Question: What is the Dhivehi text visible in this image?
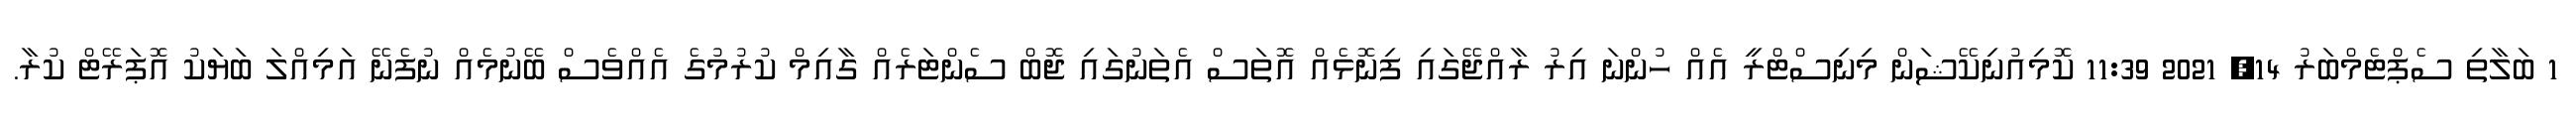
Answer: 1 ބަލާތި ސެޕްޓެމްބަރު 14, 2021 11:39 ކޮމިއުނިކޭޝަން މިނިސްޓްރީ އެއް ހުންނަ އިރު ރާއްޖޭގައި ފިނޮޅެއް އޮތަސް އެތަނުގައި ޖޮބް ސެންޓަރެއް ގާއިމް ކުރުމުގެ އެއްވެސް ބޭނުމެއް ނުފެނޭ އަމިއްލަ ބަޔަކު އޮޕަރޭޓް ކުރާ.